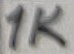
Text: 1K